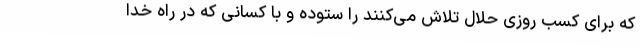
که برای کسب روزی حلال تلاش می‌کنند را ستوده و با کسانی که در راه خدا